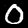
Label: 0